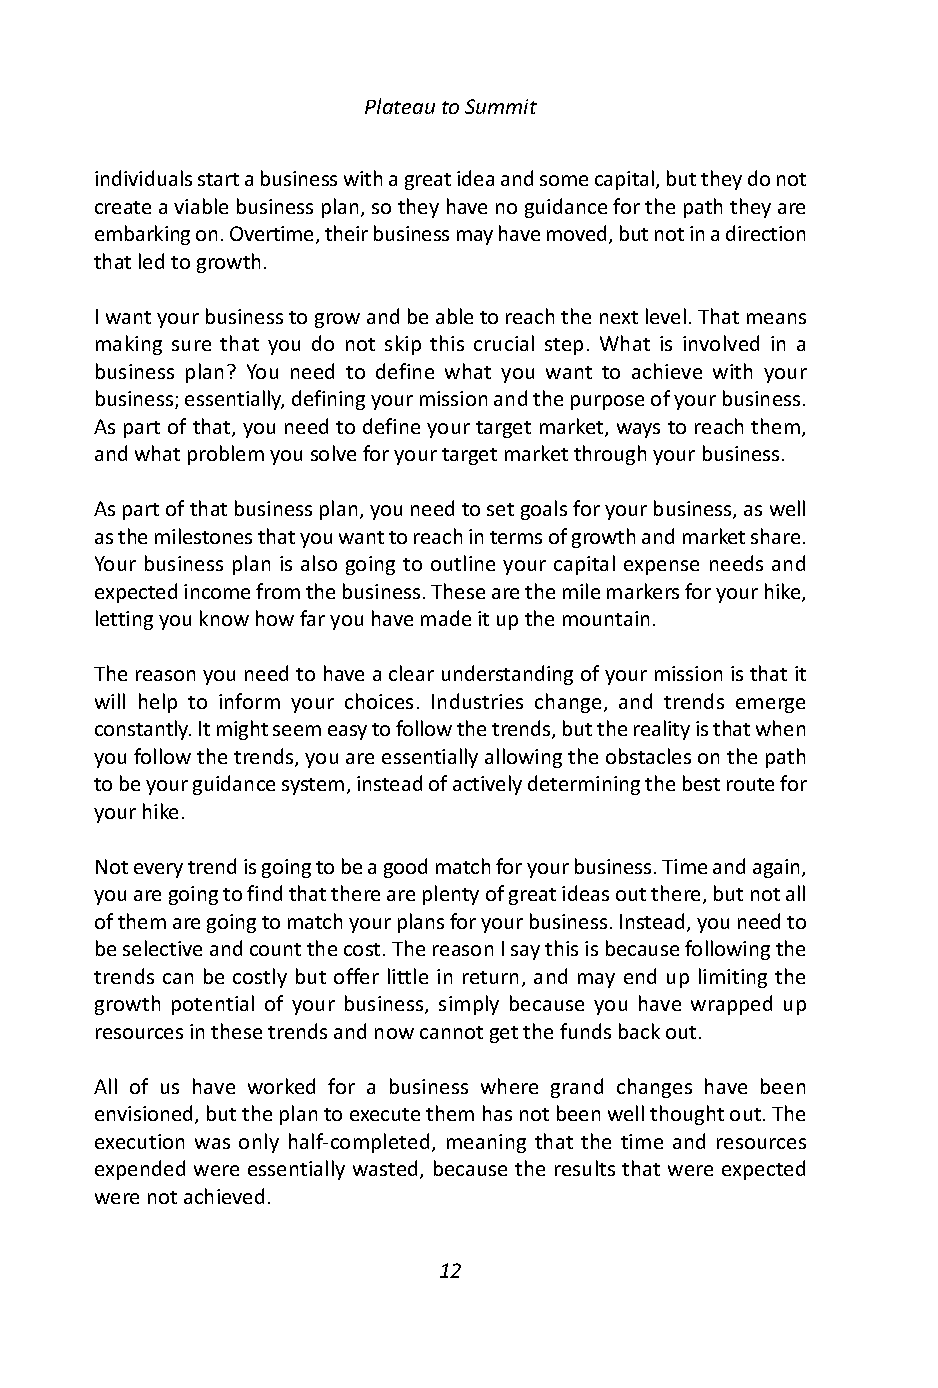
Plateau to Summit
 individuals start a business with a great idea and some capital, but they do not
 create a viable business plan, so they have no guidance for the path they are
 embarking on. Overtime, their business may have moved, but not in a direction
 that led to growth.
 I want your business to grow and be able to reach the next level. That means
 making sure that you do not skip this crucial step. What is involved in a
 business plan? You need to define what you want to achieve with your
 business; essentially, defining your mission and the purpose of your business.
 As part of that, you need to define your target market, ways to reach them,
 and what problem you solve for your target market through your business.
 As part of that business plan, you need to set goals for your business, as well
 as the milestones that you want to reach in terms of growth and market share.
 Your business plan is also going to outline your capital expense needs and
 expected income from the business. These are the mile markers for your hike,
 letting you know how far you have made it up the mountain.
 The reason you need to have a clear understanding of your mission is that it
 will help to inform your choices. Industries change, and trends emerge
 constantly. It might seem easy to follow the trends, but the reality is that when
 you follow the trends, you are essentially allowing the obstacles on the path
 to be your guidance system, instead of actively determining the best route for
 your hike.
 Not every trend is going to be a good match for your business. Time and again,
 you are going to find that there are plenty of great ideas out there, but not all
 of them are going to match your plans for your business. Instead, you need to
 be selective and count the cost. The reason I say this is because following the
 trends can be costly but offer little in return, and may end up limiting the
 growth potential of your business, simply because you have wrapped up
 resources in these trends and now cannot get the funds back out.
 All of us have worked for a business where grand changes have been
 envisioned, but the plan to execute them has not been well thought out. The
 execution was only half-completed, meaning that the time and resources
 expended were essentially wasted, because the results that were expected
 were not achieved.
 12